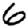
Digit: 6